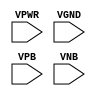
module sky130_ef_sc_hd__decap_12(
    input VPWR,
    input VGND,
    input VPB,
    input VNB
  );

endmodule